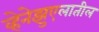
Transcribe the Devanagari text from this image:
व्हेनेझुएलातील